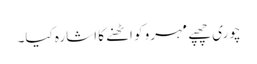
چوری چھپے مہرو کو اٹھنے کا اشارہ کیا۔